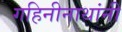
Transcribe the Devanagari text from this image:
गहिनीनाथांनी